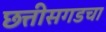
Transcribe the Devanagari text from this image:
छत्तीसगडचा